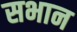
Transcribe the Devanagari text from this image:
सभान